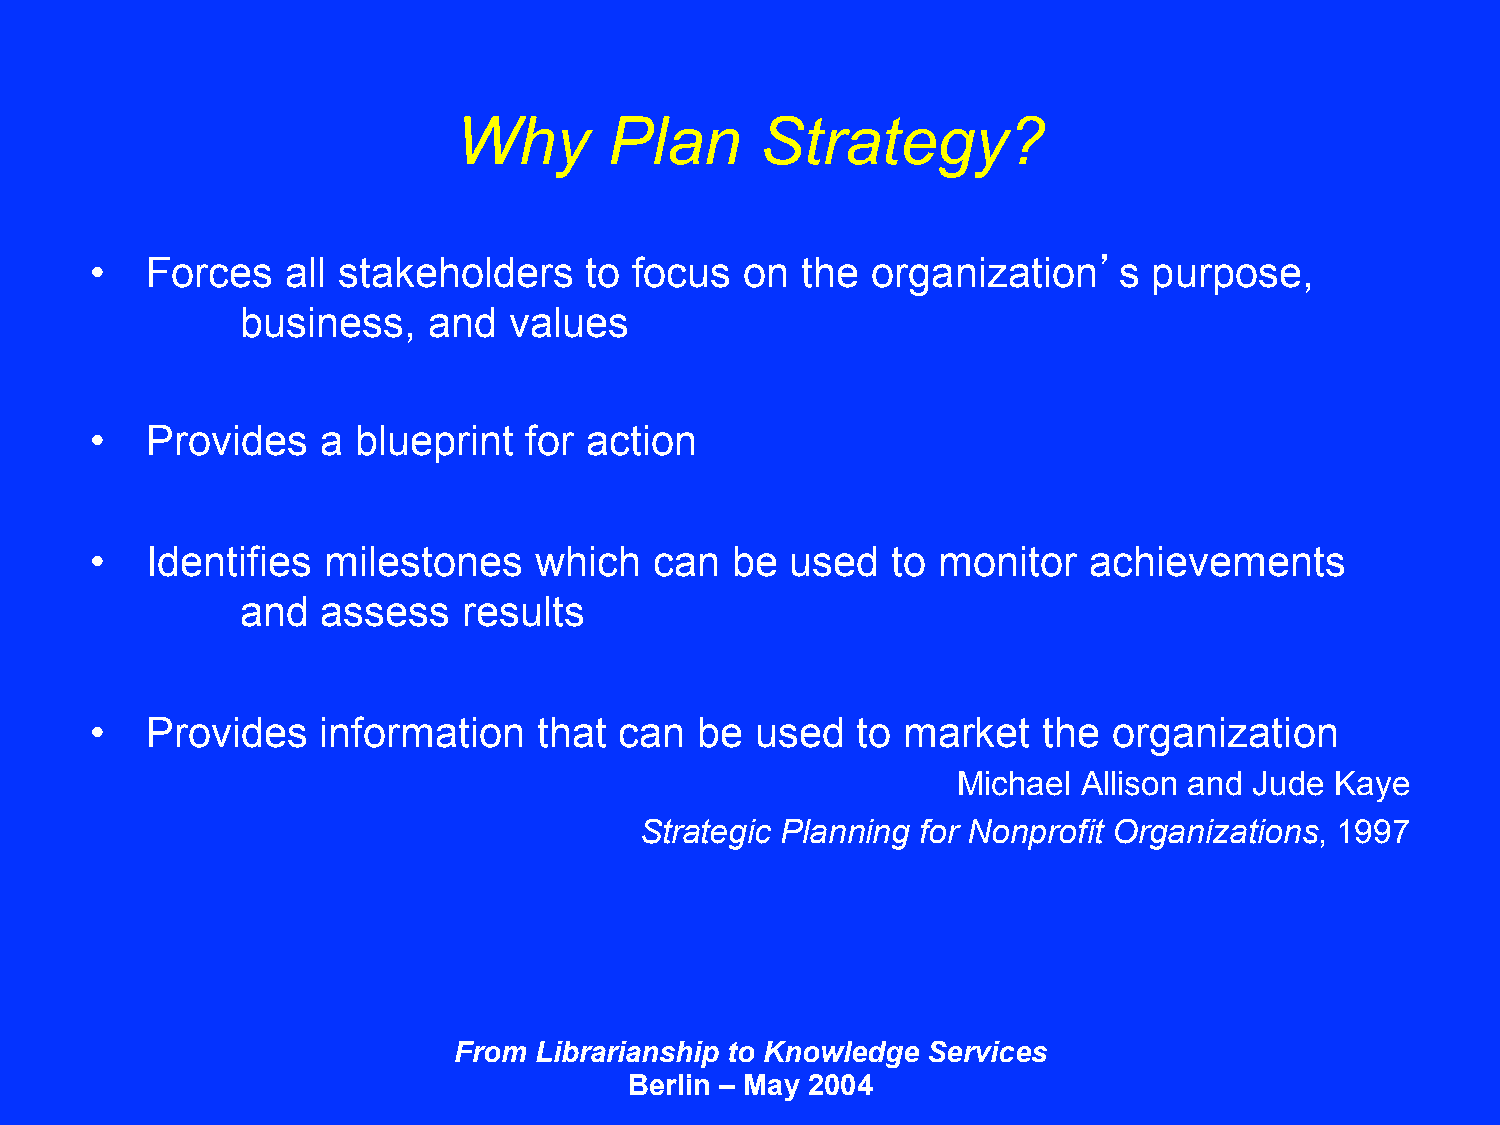
Why       Plan      Strategy?
 •   Forces   all stakeholders    to focus  on  the  organization’s    purpose,
 business,   and   values
 •   Provides   a blueprint   for action
 •   Identifies milestones    which   can  be  used   to monitor   achievements
 and  assess    results
 •   Provides   information    that can  be  used   to market   the  organization
 Michael  Allison and Jude Kaye
 Strategic Planning for Nonprofit Organizations, 1997
 From Librarianship to Knowledge Services
 Berlin – May 2004